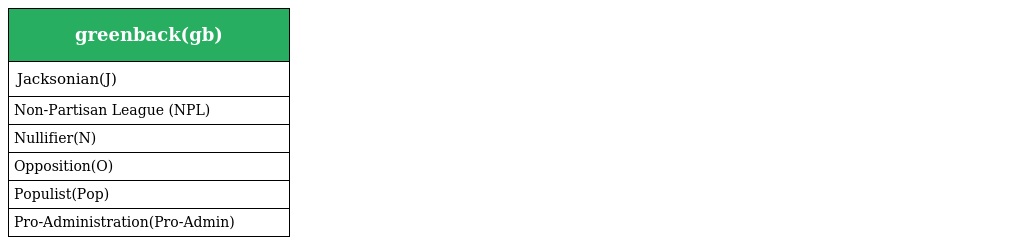
| greenback(gb) |
 | --- |
 | Jacksonian(J) |
 | Non-Partisan League (NPL) |
 | Nullifier(N) |
 | Opposition(O) |
 | Populist(Pop) |
 | Pro-Administration(Pro-Admin) |